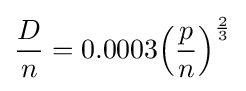
{D \over n}=0.0003{\Big (}{p \over n}{\Big )}^{2 \over 3}